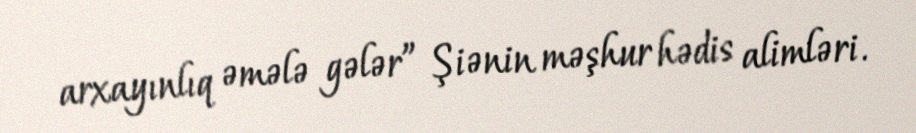
arxayınlıq əmələ gələr” Şiənin məşhur hədis alimləri.